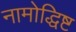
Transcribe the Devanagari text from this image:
नामोद्धिष्ट